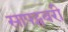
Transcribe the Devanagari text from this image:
साफ्ट्सबरी